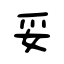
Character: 妥